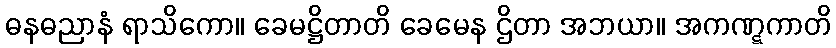
ဓနဓညာနံ ရာသိကော။ ခေမဋ္ဌိတာတိ ခေမေန ဌိတာ အဘယာ။ အကဏ္ဋကာတိ